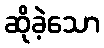
ဆိုခဲ့သော